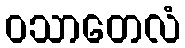
ဝသာတေလံ